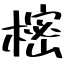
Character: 樒